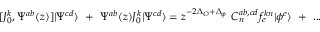
[ J _ { 0 } ^ { k } , \Psi ^ { a b } ( z ) ] | \Psi ^ { c d } \rangle ~ + ~ \Psi ^ { a b } ( z ) J _ { 0 } ^ { k } | \Psi ^ { c d } \rangle = z ^ { - 2 \Delta _ { O } + \Delta _ { \phi } } ~ C _ { n } ^ { a b , c d } f _ { e } ^ { k n } | \phi ^ { e } \rangle ~ + ~ . . .